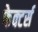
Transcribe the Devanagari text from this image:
फेक्टर्स